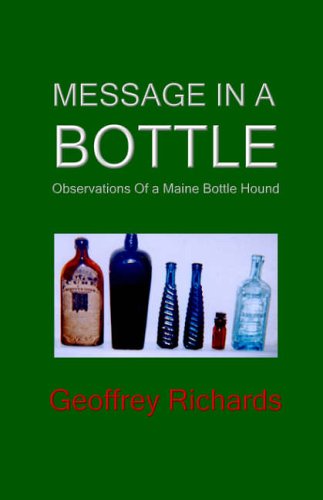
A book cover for Message In a Bottle: Observations From a Maine Bottle Hound; Geoffrey Richards; Crafts, Hobbies & Home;